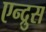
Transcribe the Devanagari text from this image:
एन्द्रुस